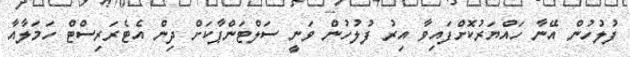
ފުލުހުން އޭނާ ހައްޔަރުކޮށްފައިވާ އިރު ފުލުހުން ވަނީ ސަލްޓަންޕާކަށް ދިން އެޓެރަރިސްޓް ހަމަލާއާ